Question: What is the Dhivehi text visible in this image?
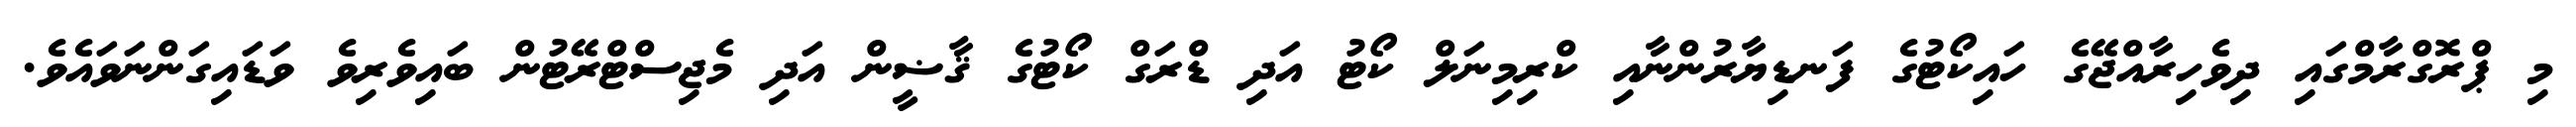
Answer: މި ޕްރޮގްރާމްގައި ދިވެހިރާއްޖޭގެ ހައިކޯޓުގެ ފަނޑިޔާރުންނާއި ކްރިމިނަލް ކޯޓު އަދި ޑްރަގް ކޯޓުގެ ޤާޟީން އަދި މެޖިސްޓްރޭޓުން ބައިވެރިވެ ވަޑައިގަންނަވައެވެ.